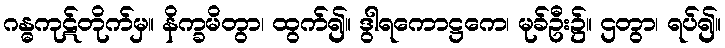
ဂန္ဓကုဋ်တိုက်မှ။ နိက္ခမိတွာ၊ ထွက်၍။ ဒွါရကောဋ္ဌကေ၊ မုခ်ဦး၌။ ဌတွာ၊ ရပ်၍။